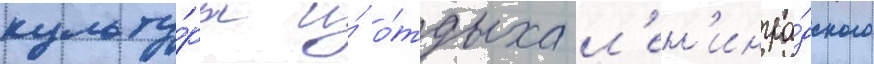
культу́ры и́ о́тдыха л'ен'ингра́дского